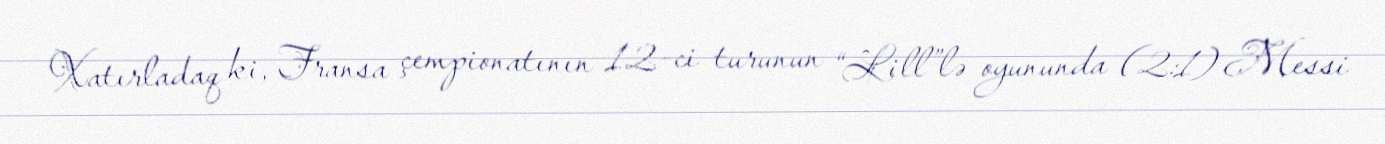
Xatırladaq ki, Fransa çempionatının 12-ci turunun “Lill”lə oyununda (2:1) Messi